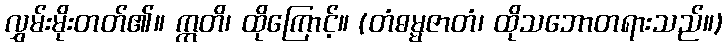
လွှမ်းမိုးတတ်၏။ ဣတိ၊ ထိုကြောင့်။ (တံဓမ္မဇာတံ၊ ထိုသဘောတရားသည်။)